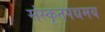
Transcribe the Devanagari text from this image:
संस्कृतपद्यमय